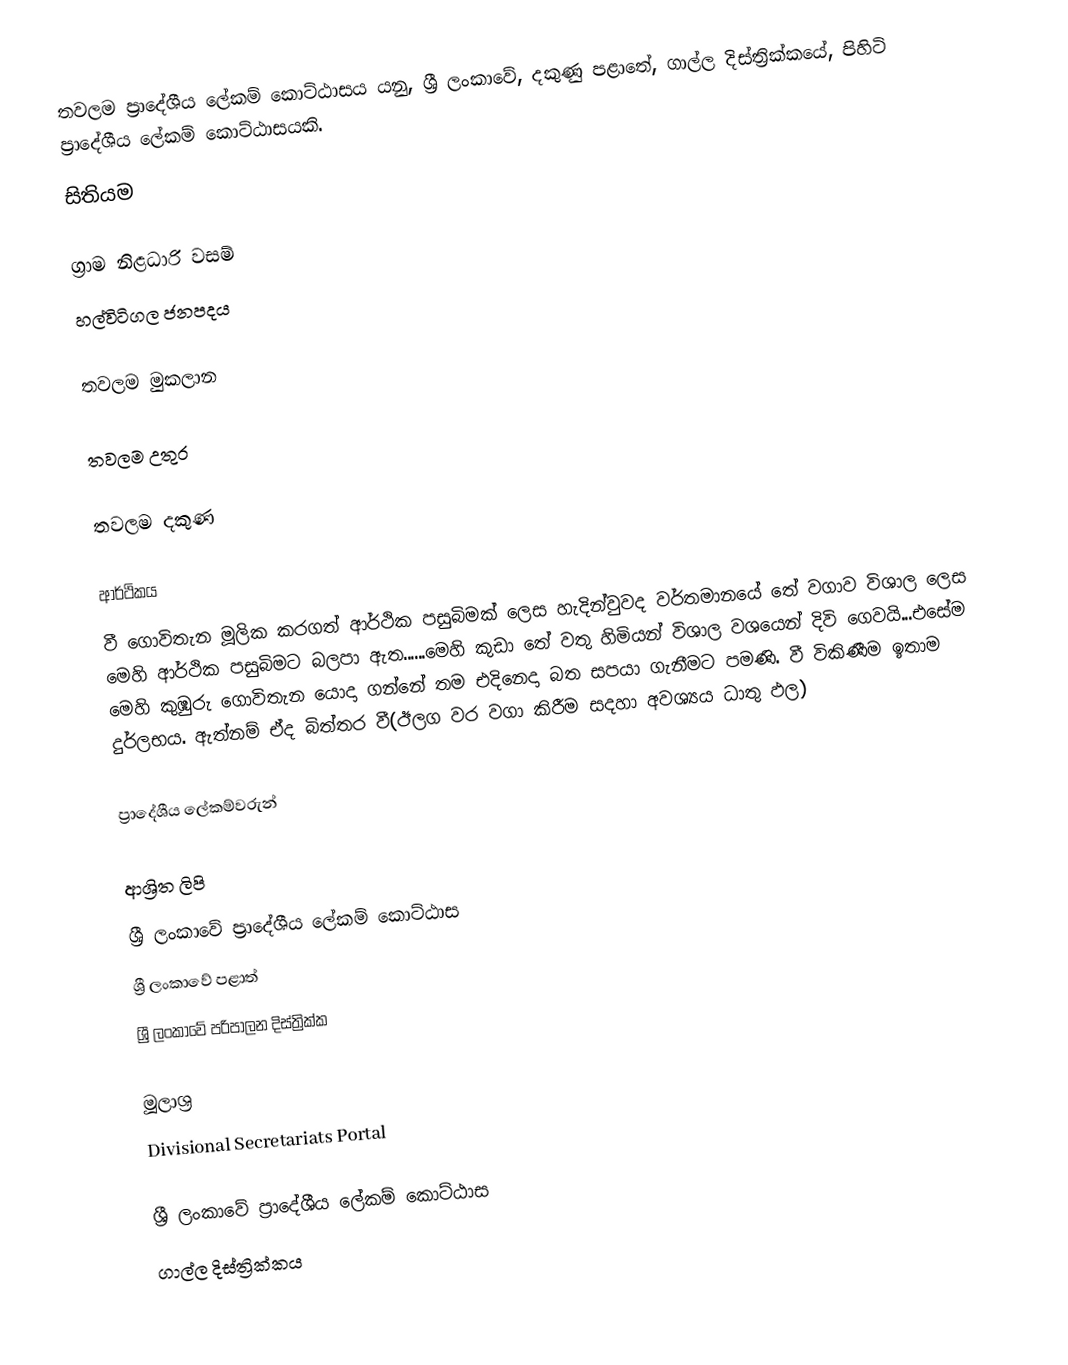
තවලම ප්‍රාදේශීය ලේකම් කොට්ඨාසය යනු,  ශ්‍රී ලංකාවේ, දකුණු පළාතේ,   ගාල්ල දිස්ත්‍රික්කයේ, පිහිටි ප්‍රාදේශීය ලේකම් කොට්ඨාසයකි.
සිතියම

ග්‍රාම නිළධාරි වසම්
හල්විටිගල ජනපදය

තවලම මුකලාන

තවලම උතුර

තවලම දකුණ

ආර්ථිකය
වී ගොවිතැන මූලික කරගත් ආර්ථික පසුබිමක් ලෙස හැදින්වුවද වර්තමානයේ තේ වගාව විශාල ලෙස මෙහි ආර්ථික පසුබිමට බලපා ඇත......මෙහි කුඩා තේ වතු හිමියන් විශාල වශයෙන් දිවි ගෙවයි...එසේම මෙහි කුඹුරු ගොවිතැන යොදා ගන්නේ තම එදිනෙදා බත සපයා ගැනීමට පමණි. වී විකිණීම ඉතාම දුර්ලභය. ඇත්නම් ඒද බිත්තර වී(ඊලග වර වගා කිරීම සදහා අවශ්‍යය ධාතු ඵල)

ප්‍රාදේශීය ලේකම්වරුන්

ආශ්‍රිත ලිපි
ශ්‍රී ලංකාවේ ප්‍රාදේශීය ලේකම් කොට්ඨාස
ශ්‍රී ලංකාවේ පළාත්
ශ්‍රී ලංකාවේ පරිපාලන දිස්ත්‍රික්ක

මූලාශ්‍ර
 Divisional Secretariats Portal

ශ්‍රී ලංකාවේ ප්‍රාදේශීය ලේකම් කොට්ඨාස
ගාල්ල දිස්ත්‍රික්කය